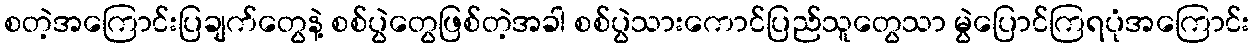
စတဲ့အကြောင်းပြချက်တွေနဲ့ စစ်ပွဲတွေဖြစ်တဲ့အခါ စစ်ပွဲသားကောင်ပြည်သူတွေသာ မွဲပြောင်ကြရပုံအကြောင်း